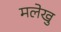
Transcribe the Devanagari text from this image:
मलेखु